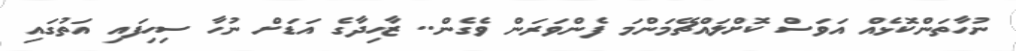
ނުހާތަންކޮޅެއް އަވަސް ކޮށްލައްޗޭމަންމަ ފެންވަރަން ވެގެން.. ޒާހިދާގެ އަޑަށް ނުހާ ސިހިފައި އަތުގައި